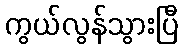
ကွယ်လွန်သွားပြီ